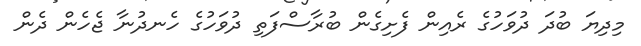
މިދިޔަ ބުދަ ދުވަހުގެ ރެއިން ފެށިގެން ބުރާސްފަތި ދުވަހުގެ ހެނދުނާ ޖެހެން ދެން